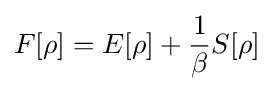
F[\rho ]=E[\rho ]+{\frac {1}{\beta }}S[\rho ]